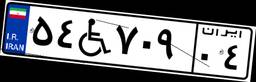
۵۴W۷۰۹۰۴